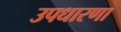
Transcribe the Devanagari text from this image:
उपधारणा